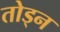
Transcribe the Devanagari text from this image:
तोड्न